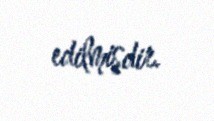
edilmişdir.